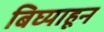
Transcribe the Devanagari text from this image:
बिघ्याहून